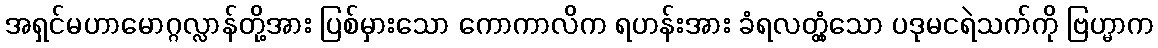
အရှင်မဟာမောဂ္ဂလ္လာန်တို့အား ပြစ်မှားသော ကောကာလိက ရဟန်းအား ခံရလတ္တံ့သော ပဒုမငရဲသက်ကို ဗြဟ္မာက